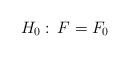
LaTeX: \begin{align*} H_{0}: \, F=F_{0}\end{align*}